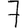
Digit: 7